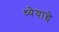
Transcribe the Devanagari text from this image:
ध्येयान्चे